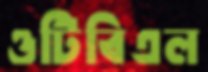
ওটিবিএল